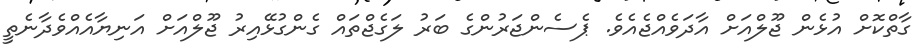
ގާތްކޮށް އުޅެން ޖޫލްއަށް އާދަވެއްޖެއެވެ. ޕެސެންޖަރުންގެ ބަރު ލަގެޖްތައް ގެންގުޅޭއިރު ޖޫލްއަށް އަނިޔާއެއްވެދާނެތީ